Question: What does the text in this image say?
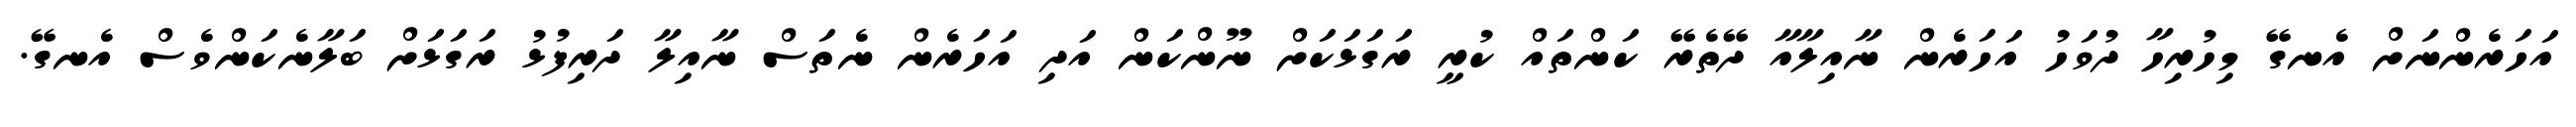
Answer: އަހަރެންނަށް އެނގޭ މިހުރިހާ ދުވަހު އަހަރެން ނާއިލާއާ ދޭތެރޭ ކަންތައް ކުރީ ރަގަޅަކަށް ނޫންކަން އަދި އަހަރެން ނެތަސް ނާއިލާ ދަރިފުޅު ރަގަޅަށް ބަލާނެކަންވެސް އެނގޭ.